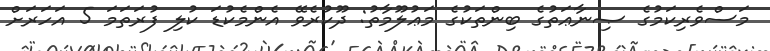
މަސްވެރިކަމުގެ ޞިނާޢަތުގެ ބިންތަކުގެ މަޢުލޫމާތު: ދޫކުރެވޭ އެންމެކުޑަ ކުލި ފުރަތަމަ 5 އަހަރަށް